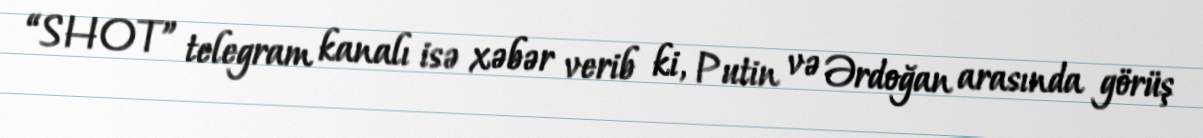
“SHOT” telegram kanalı isə xəbər verib ki, Putin və Ərdoğan arasında görüş